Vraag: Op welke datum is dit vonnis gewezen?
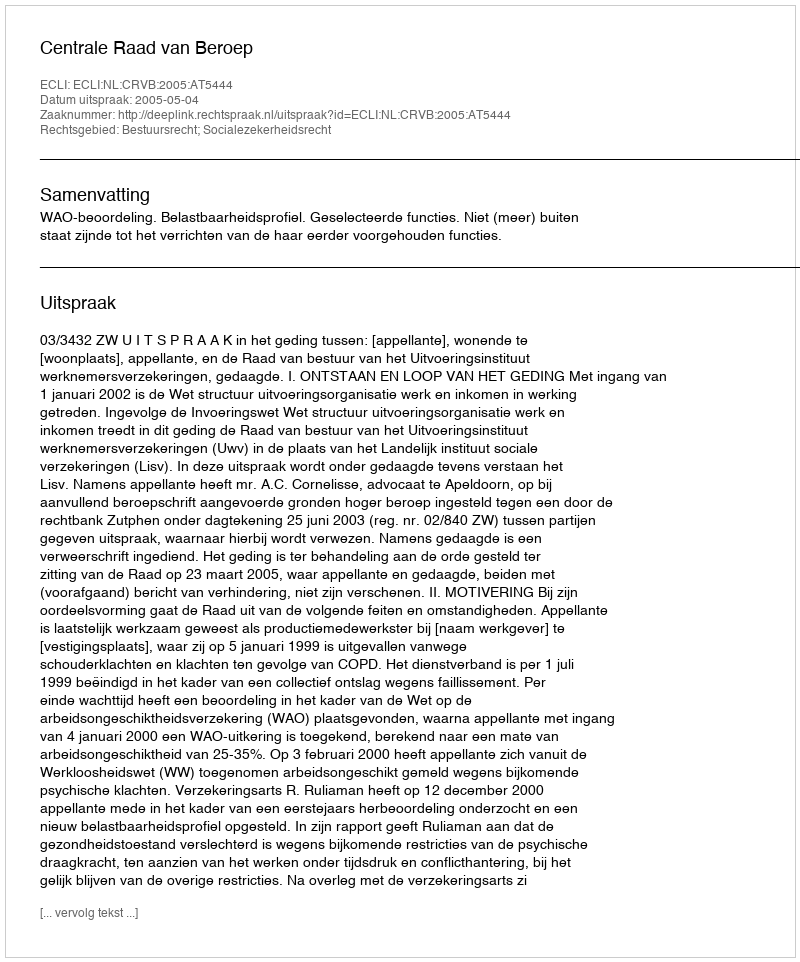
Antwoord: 2005-05-04